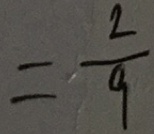
= \frac { 2 } { 9 }